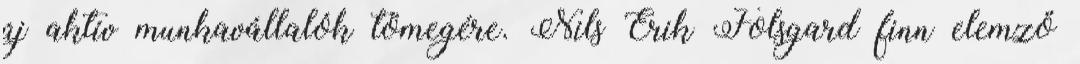
új aktív munkavállalók tömegére. Nils Erik Folsgard finn elemző